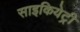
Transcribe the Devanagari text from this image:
साइकियेट्री